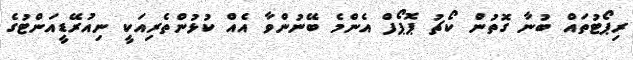
ރިޕޯޓުތައް ބުނާ ގޮތުން ކޯޗު ޕޮޕޯފް އެންމެ ބޭނުންވާ އެއް ކުޅުންތެރިއަކީ ނިއުރޭޑީއަންޓުގެ